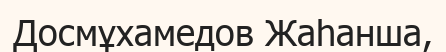
Досмұхамедов Жаһанша,